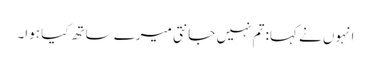
انہوں نے کہا: تم نہیں جانتی میرے ساتھ کیا ہوا۔